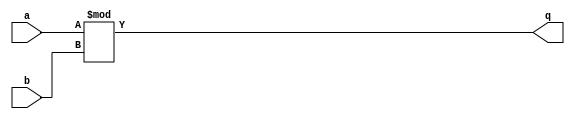
module ex4(q, a, b);
   output [3:0] q;
   input [3:0] 	 a, b;  
   assign q = a % b;
endmodule